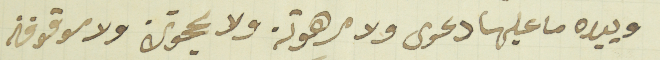
وبيده ما عليها دعوى ولا مرهونة ولا محجوزة ولا موقوفة